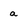
Character: a